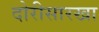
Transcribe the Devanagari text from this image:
दोरीसारखा